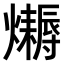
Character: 𤒛